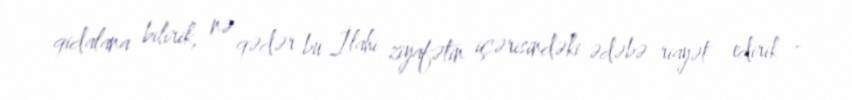
qidalana bilirik, nə qədər bu İlahi ziyafətin içərisindəki ədəbə riayət edirik -